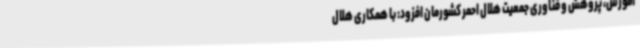
آموزش، پژوهش و فناوری جمعیت هلال احمر کشورمان افزود: با همکاری هلال